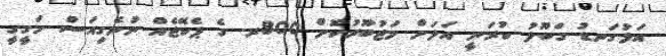
އަޅުގަނޑު ގަބޫލު ކުރަނީ އަލަށް މަޖުބޫރުކޮށް 800ރ. ގެ ޕެކޭޖެއް ނުނެގިއަސް ހަގީގީ